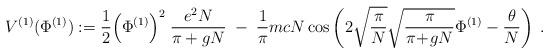
LaTeX: \begin{align*}V^{(1)} ( \Phi^{(1)} ) :=\frac{1}{2} \Big( \Phi^{(1)} \Big)^2 \; \frac{e^2 N}{\pi+gN} \; - \;\frac{1}{\pi} m c N\cos \left(2 \sqrt{\frac{\pi}{N}} \sqrt{\frac{\pi}{\pi\!+\!gN}} \Phi^{(1)}- \frac{\theta}{N} \right)\; .\end{align*}